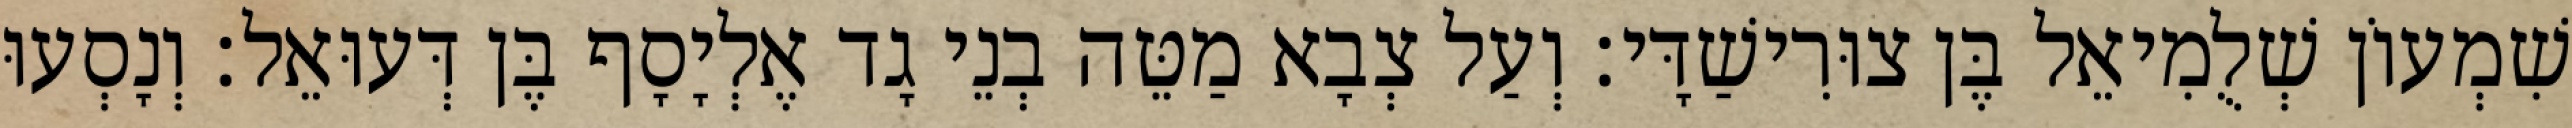
שִׁמְעוֹן שְׁלֻמִיאֵל בֶּן צוּרִישַׁדָּי׃ וְעַל צְבָא מַטֵּה בְנֵי גָד אֶלְיָסָף בֶּן דְּעוּאֵל׃ וְנָסְעוּ